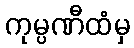
ကုမ္ပဏီထံမှ